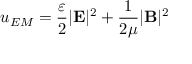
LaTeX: u _ { E M } = { \frac { \varepsilon } { 2 } } | \mathbf { E } | ^ { 2 } + { \frac { 1 } { 2 \mu } } | \mathbf { B } | ^ { 2 }